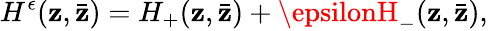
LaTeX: H^{\epsilon}(\mathbf{z},\bar{{\mathbf{z}}})=H_{+}(\mathbf{z},\bar{{\mathbf{z}}})+\epsilonH_{-}(\mathbf{z},\bar{{\mathbf{z}}}),